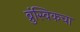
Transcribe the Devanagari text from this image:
ब्रुंस्विकचा